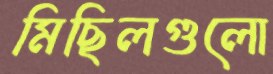
মিছিলগুলো